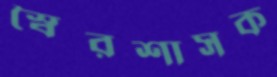
স্বৈরশাসক